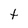
Character: t